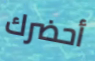
أحضرك